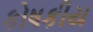
કોષકીય